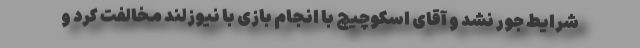
شرایط جور نشد و آقای اسکوچیچ با انجام بازی با نیوزلند مخالفت کرد و